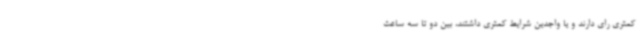
کمتری رای دارند و یا واجدین شرایط کمتری داشتند، بین دو تا سه ساعت